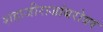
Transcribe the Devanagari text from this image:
शहाजीराजांबरोबर